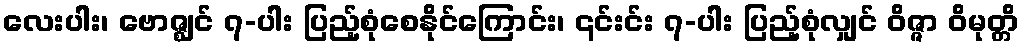
လေးပါး၊ ဗောဇ္ဈင် ၇-ပါး ပြည့်စုံစေနိုင်ကြောင်း၊ ၎င်းင်း ၇-ပါး ပြည့်စုံလျှင် ဝိဇ္ဇာ ဝိမုတ္တိ